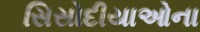
સિસોદીયાઓના